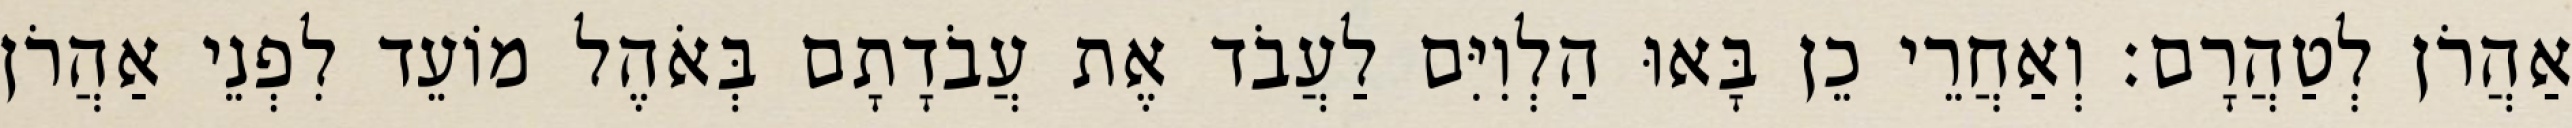
אַהֲרֹן לְטַהֲרָם׃ וְאַחֲרֵי כֵן בָּאוּ הַלְוִיִּם לַעֲבֹד אֶת עֲבֹדָתָם בְּאֹהֶל מוֹעֵד לִפְנֵי אַהֲרֹן